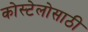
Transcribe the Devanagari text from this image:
कोस्टेलोसाठी